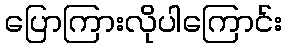
ပြောကြားလိုပါကြောင်း